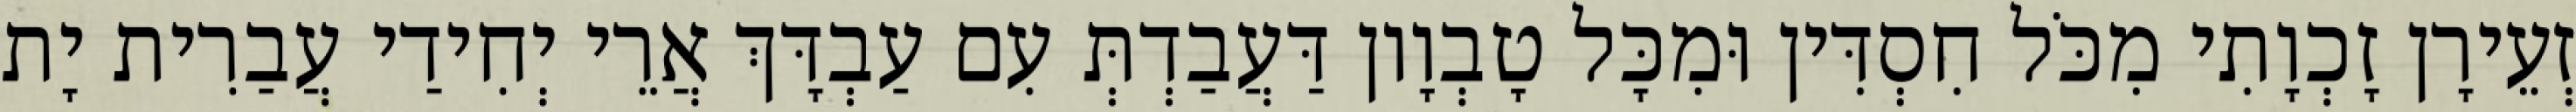
זְעֵירָן זָכְוָתִי מִכֹּל חִסְדִּין וּמִכָּל טָבְוָון דַּעֲבַדְתְּ עִם עַבְדָּךְ אֲרֵי יְחִידַי עֲבַרִית יָת